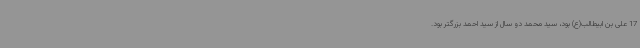
17 علی بن ابیطالب(ع) بود، سید محمد دو سال از سید احمد بزرگتر بود.